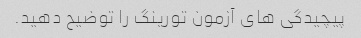
پیچیدگی های آزمون تورینگ را توضیح دهید.